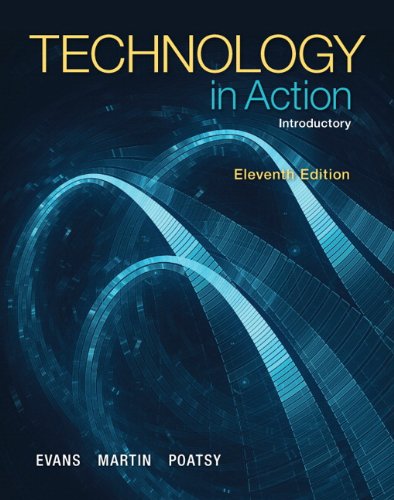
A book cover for Technology In Action, Introductory (11th Edition); Alan Evans; Business & Money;